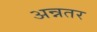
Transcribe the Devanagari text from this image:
अन्नतर